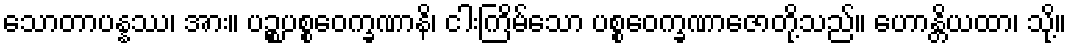
သောတာပန္နဿ၊ အား။ ပဉ္စပစ္စဝေက္ခဏာနိ၊ ငါးကြိမ်သော ပစ္စဝေက္ခဏာဇောတို့သည်။ ဟောန္တိယထာ၊ သို့။